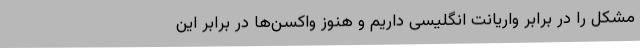
مشکل را در برابر واریانت انگلیسی داریم و هنوز واکسن‌ها در برابر این